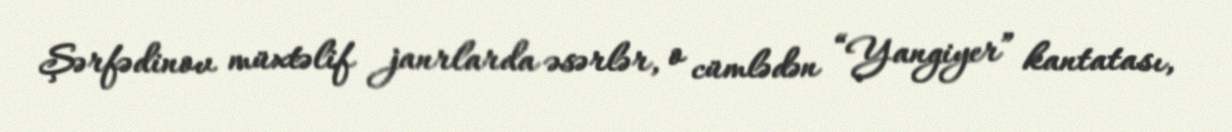
Şərfədinov müxtəlif janrlarda əsərlər, o cümlədən “Yangiyer” kantatası,